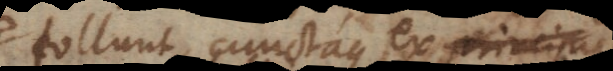
tollunt, cunctaque ex princi